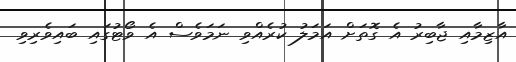
އާޒިމާއި ޖާބިރު އެ ގޮތަށް އަމަލު ކުރެއްވި ނަމަވެސް އެ ވޯޓުގައި ބައިވެރިވި